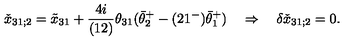
\check { x } _ { 3 1 ; 2 } = \tilde { x } _ { 3 1 } + { \frac { 4 i } { ( 1 2 ) } } \theta _ { 3 1 } ( \bar { \theta } _ { 2 } ^ { + } - ( 2 1 ^ { - } ) \bar { \theta } _ { 1 } ^ { + } ) \quad \Rightarrow \quad \delta \check { x } _ { 3 1 ; 2 } = 0 .